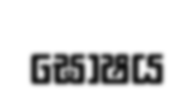
ඝොෂය